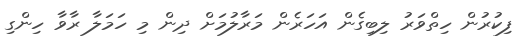
ފިކުރުން ހިތްވަރު ލިބިގެން އަހަރެން މަރާލުމަށް ދިން މި ހަމަލާ ރާވާ ހިންގި